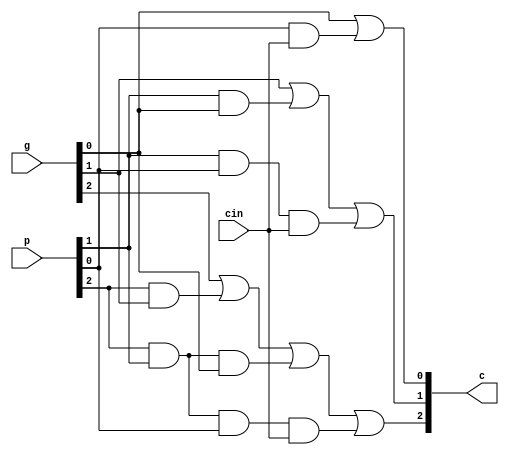
module carry_generator( p, g, cin, c);
/////*IO DEFINITION*////
	input [3:0] p, g;
	input cin;
	output [3:1] c;
/////////////////////////

//////*your design*//////
	assign c[1] = g[0]|(p[0] & cin);
	assign c[2] = g[1]|(p[1] & g[0])|(p[1] & p[0] & cin);
	assign c[3] = g[2]|(p[2] & g[1])|(p[2] & p[1] & g[0])|(p[2] & p[1] & p[0] & cin);
/////////////////////////
		
endmodule